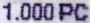
1.000 PC